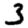
Digit: 3